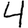
Digit: 4